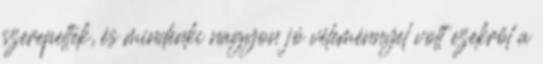
szerepeltek, és mindenki nagyon jó véleménnyel volt ezekről a